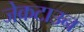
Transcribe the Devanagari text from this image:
जेकटाउन